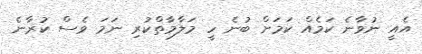
އެއީ ނުވާނެ ކަމެއް ކަމަށް ބުނެ ހީ މަލާމާތްކުރި ނަމަ ވެސް ކުރާނެ